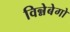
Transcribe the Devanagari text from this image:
विन्नेबेगो